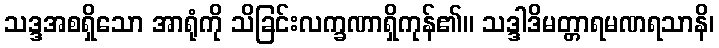
သဒ္ဒအစရှိသော အာရုံကို သိခြင်းလက္ခဏာရှိကုန်၏။ သဒ္ဒါဒိမတ္တာရမဏရသာနိ၊